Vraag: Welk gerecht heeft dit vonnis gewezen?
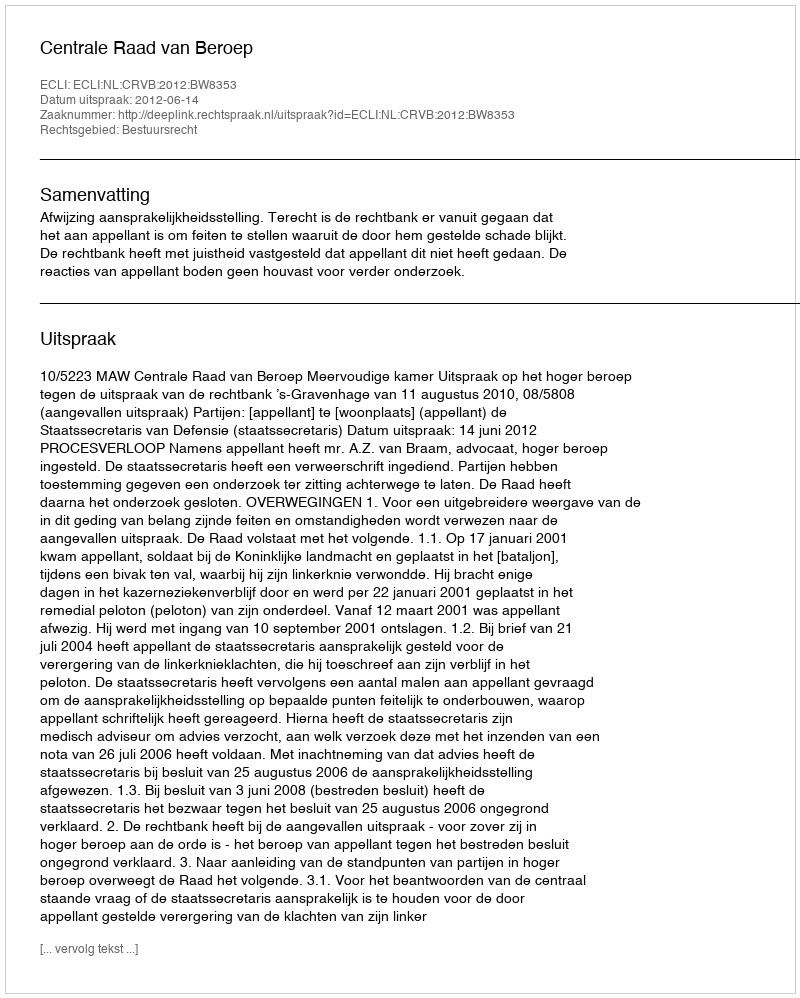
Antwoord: Centrale Raad van Beroep